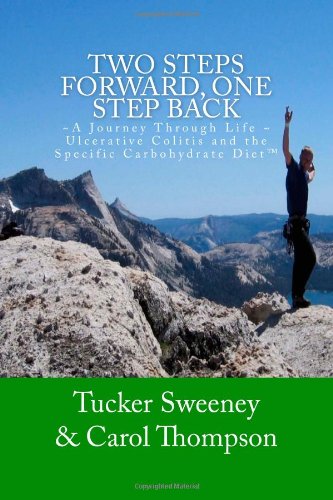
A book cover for Two Steps Forward, One Step Back: A Journey Through Life, Ulcerative Colitis, and the Specific Carbohydrate Diet; Tucker Sweeney; Health, Fitness & Dieting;